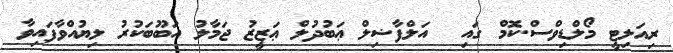
ރިއަލިޓީ މޯލްޑިވްސް.ކޮމް ގައި  އަލްފާޟިލް ޢަބުދުލް ޢަޒީޒު ޖަމާލު އަބޫބަކުރު ލިޔުއްވާފައިވާ